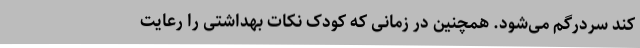
کند سردرگم می‌شود. همچنین در زمانی که کودک نکات بهداشتی را رعایت